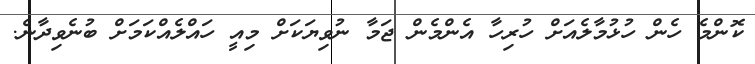
ކޮންމެ ހެން ހުޅުމާލެއަށް ހުރިހާ އެންމެން ޖަމާ ނުވިޔަކަށް މިއީ ހައްލެއްކަމަށް ބުނެވިދާނެ.